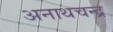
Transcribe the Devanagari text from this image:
अनाथचन्द्र